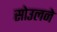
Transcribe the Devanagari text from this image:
सोउलने